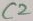
Text: C2